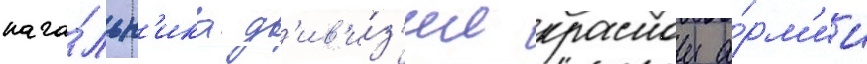
нача́льн'ика д'ив'и́з'ии краснои а́рм'ии